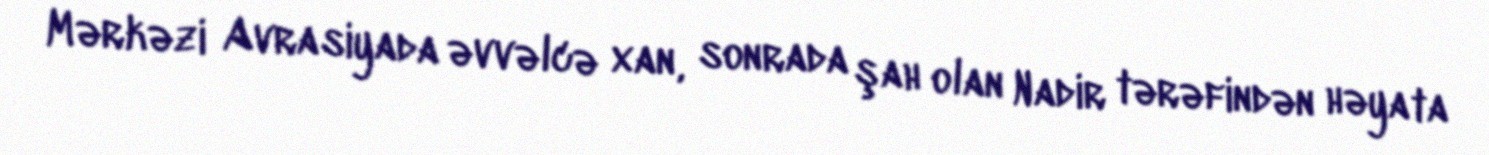
Mərkəzi Avrasiyada əvvəlcə xan, sonrada şah olan Nadir tərəfindən həyata